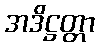
အဒိဋ္ဌတ္တာ